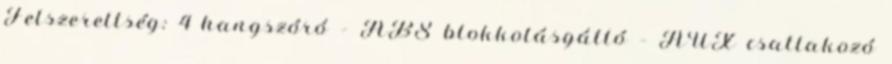
Felszereltség: 4 hangszóró – ABS blokkolásgátló – AUX csatlakozó